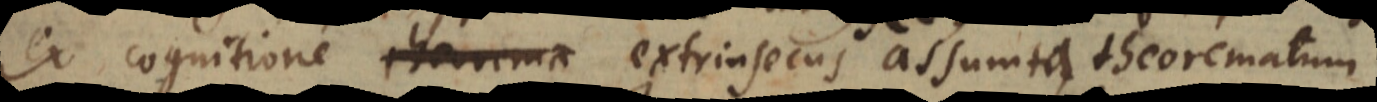
ex cognitione extrinsecus assumta theorematum